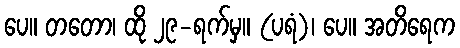
ပေ။ တတော၊ ထို ၂၉-ရက်မှ။ (ပရံ)၊ ပေ။ အတိရေက